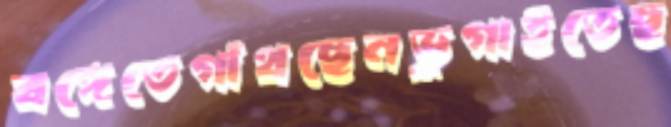
বঙ্গেতেগাঁথছেনভুগাইতেছ